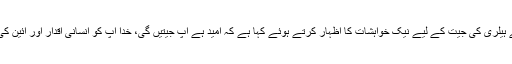
اپنے ٹوئیٹر پیغام میں سلمان خان نے ہیلری کی جیت کے لیے نیک خواہشات کا اظہار کرتے ہوئے کہا ہے کہ امید ہے آپ جیتیں گی، خدا آپ کو انسانی اقدار اور آئین کی پاسداری کے لیے قوت عطا کرے۔